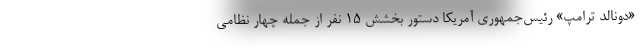
«دونالد ترامپ» رئیس‌جمهوری آمریکا دستور بخشش ۱۵ نفر از جمله چهار نظامی